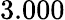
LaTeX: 3.000